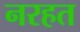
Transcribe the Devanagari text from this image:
नरहत